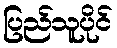
ပြည်သူပိုင်